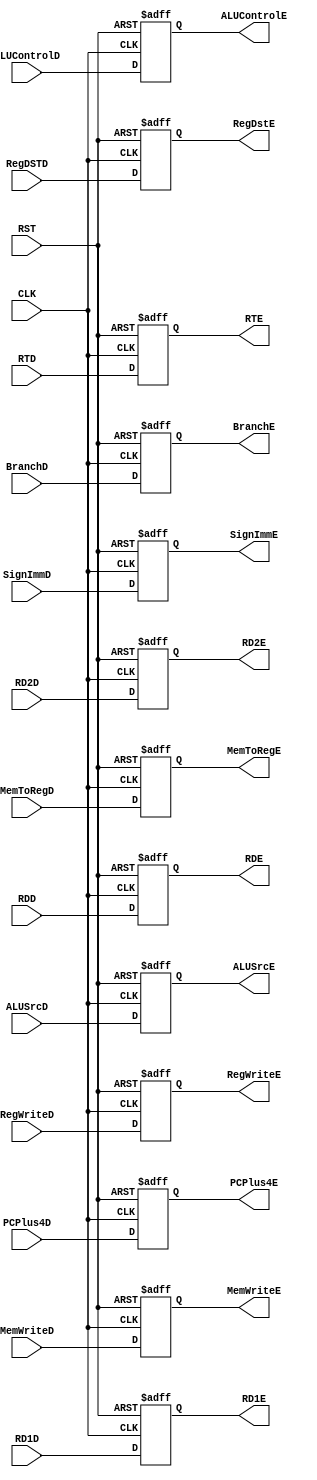
module regIDtoEx(
    input CLK,
    input RST,
    input RegWriteD,
    input MemToRegD,
    input MemWriteD,
    input BranchD,
    input [2:0] ALUControlD,
    input ALUSrcD,
    input RegDSTD,
    input [31:0] RD1D,
    input [31:0] RD2D,
    input [4:0] RTD,
    input [4:0] RDD,
    input [31:0] SignImmD,
    input [31:0] PCPlus4D,
    output RegWriteE,
    output MemToRegE,
    output MemWriteE,
    output BranchE,
    output [2:0] ALUControlE,
    output ALUSrcE,
    output RegDstE,
    output [31:0] RD1E,
    output [31:0] RD2E,
    output [4:0] RTE,
    output [4:0] RDE,
    output [31:0] SignImmE,
    output [31:0] PCPlus4E
    );
    
    reg RegWriteE, MemToRegE, MemWriteE, BranchE,ALUSrcE, RegDstE;
    reg[2:0] ALUControlE;
    reg[4:0] RTE, RDE;
    reg[31:0] RD1E, RD2E, SignImmE, PCPlus4E;
    
    always @(posedge CLK or posedge RST)
    begin
    if(RST)
    begin
    RegWriteE = 1'b0;
    MemToRegE = 1'b0;
    MemWriteE = 1'b0;
    BranchE  = 1'b0;
    ALUSrcE  = 1'b0;
    RegDstE = 1'b0;
    ALUControlE  = 3'b000;
    RTE = 5'b00000;
    RDE= 5'b00000;
    RD1E = 32'h00000000;
    RD2E = 32'h00000000;
    SignImmE = 32'h00000000;
    PCPlus4E = 32'h00000000;
    end
    else
    begin
    RegWriteE = RegWriteD;
    MemToRegE = MemToRegD;
    MemWriteE = MemWriteD;
    BranchE  = BranchD;
    ALUSrcE  = ALUSrcD;
    RegDstE = RegDSTD;
    ALUControlE  = ALUControlD;
    RTE = RTD;
    RDE= RDD;
    RD1E = RD1D;
    RD2E = RD2D;
    SignImmE = SignImmD;
    PCPlus4E = PCPlus4D;
    end
    end
endmodule